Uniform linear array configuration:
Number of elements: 48
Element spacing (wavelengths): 1
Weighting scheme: exponential
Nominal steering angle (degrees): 45
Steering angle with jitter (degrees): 45.131
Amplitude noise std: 0.05
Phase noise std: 0.05

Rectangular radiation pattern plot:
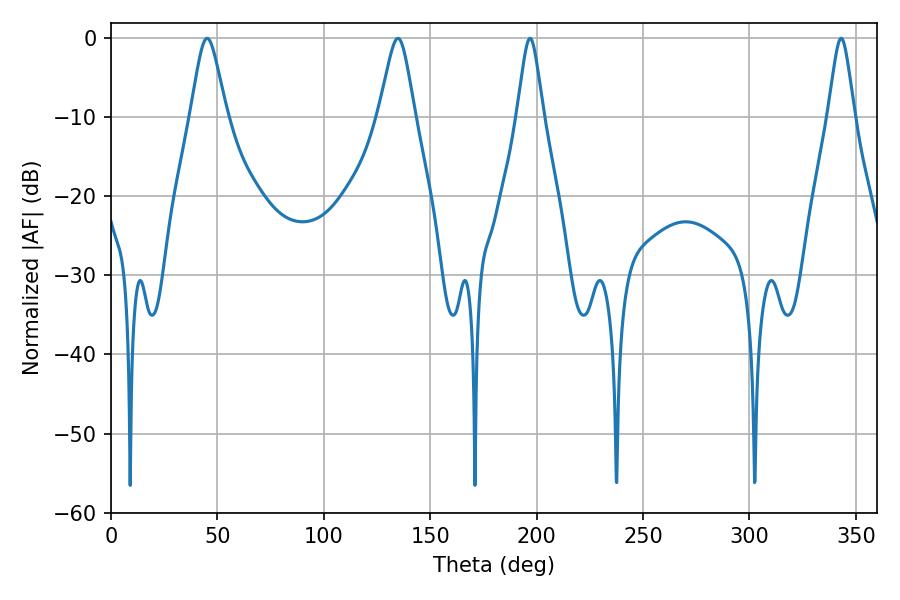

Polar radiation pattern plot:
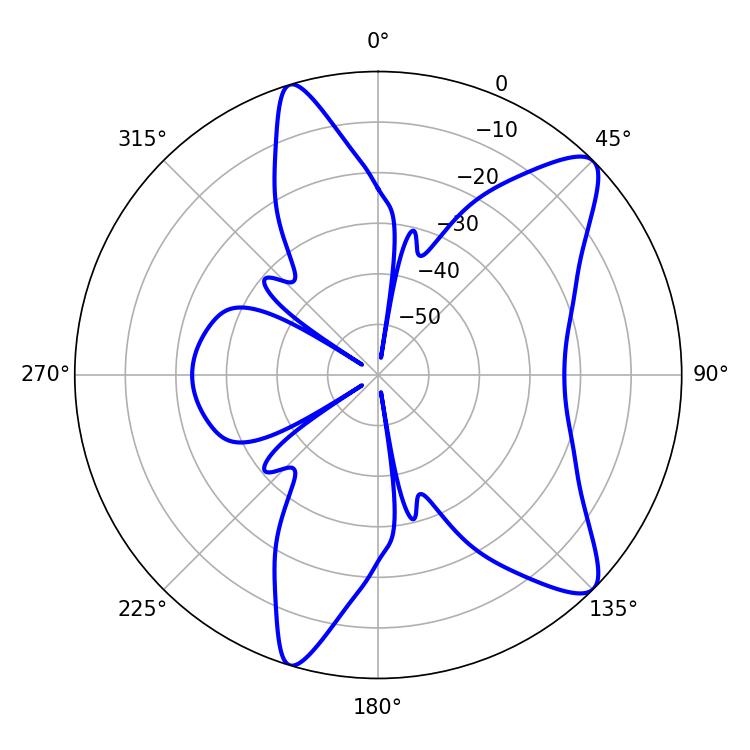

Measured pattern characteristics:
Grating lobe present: TRUE
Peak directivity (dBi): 10.461
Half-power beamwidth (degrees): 5.76
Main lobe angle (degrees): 343.08